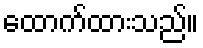
ထောက်ထားသည်။